Annual administration report of the Civil Veterinary Department, Ajmere-Merwara, British Rajputana - 1914-1940
Year: 1914
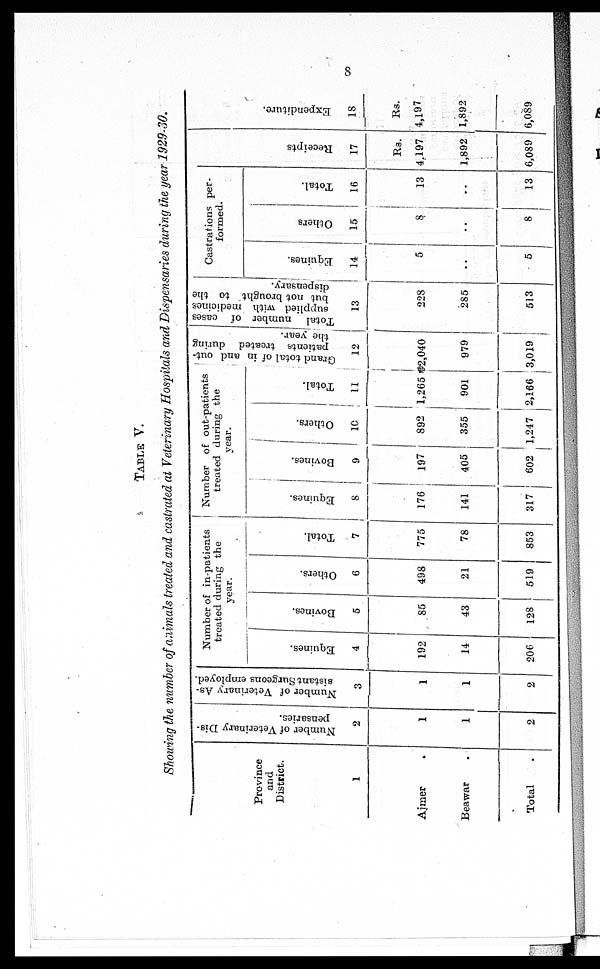
8
TABLE V.
Showing the number of animals treated and castrated at Veterinary Hospitals and Dispensaries during the year 1929-30.
Province
and
District.
1
Ajmer .
Beawar .
Total .
Number of Veterinary Dis-
pensaries.
2
1
1
2
Number of Veterinary As-
sistant Surgeons employed.
3
1
1
2
Number of in-patients
treated during the
year.
Equines.
4
192
14
206
Bovines.
5
85
43
128
Others.
6
498
21
619
Total.
7
775
78
853
Number of out-patients the
treated during
year.
Equines.
8
176
141
317
Bovines.
9
197
405
602
Ot her s.
10
892
355
1,247
atients
the
Tot al .
11
1265
901
2,166
Grand total of in and out-
patients treated during
the year.
12
2,040
979
3,019
Total number of cases
supplied with medicines
but not brought to the
dispensary.
13
228
285
513
Castrations per-
formed.
Equines.
14
5
..
5
Others
15
8
..
8
Total.
16
13
..
13
Recei pt s
17
Rs.
4,197
1,892
6,089
Expendi t
ur e.
18
Rs.
4,197
1,892
6,089